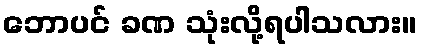
ဘောပင် ခဏ သုံးလို့ရပါသလား။